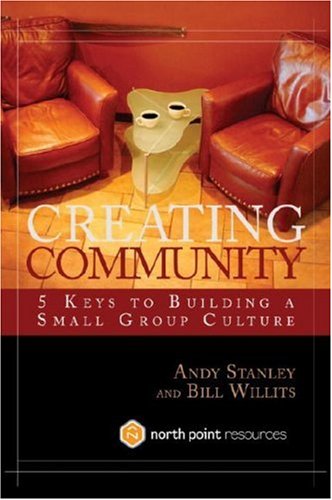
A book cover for Creating Community: Five Keys to Building a Small Group Culture; Andy Stanley; Christian Books & Bibles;